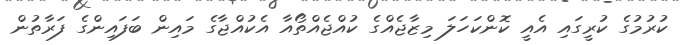
ކުރުމުގެ ކުރީގައި އެއީ ކޮންކަހަލަ މިޒާޖެއްގެ ކުއްޖެއްތޯއާ އެކުއްޖާގެ މައިން ބަފައިންގެ ފަރާތުން